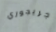
جريجوري